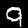
Digit: 9